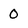
Character: 0